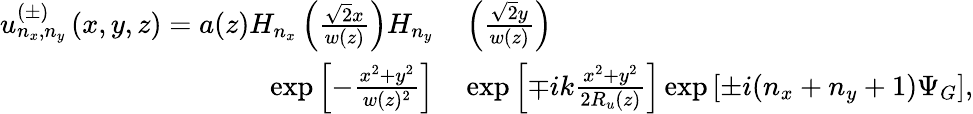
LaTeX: \begin{array}{rl}{u_{n_{x},n_{y}}^{(\pm)}\left(x,y,z\right)=a(z)H_{n_{x}}\left(\frac{\sqrt{2}x}{w(z)}\right)H_{n_{y}}}&{{}\left(\frac{\sqrt{2}y}{w(z)}\right)}\\ {\exp\left[-\frac{x^{2}+y^{2}}{w(z)^{2}}\right]}&{{}\exp\left[\mp ik\frac{x^{2}+y^{2}}{2R_{u}(z)}\right]\exp\left[\pm i(n_{x}+n_{y}+1)\Psi_{G}\right],}\end{array}